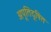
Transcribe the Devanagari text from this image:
अपूतिदूषित